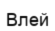
Влей